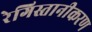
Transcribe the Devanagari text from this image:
रेगिस्तानीकरण